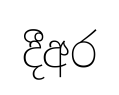
දීඅර